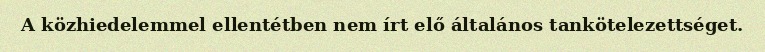
A közhiedelemmel ellentétben nem írt elő általános tankötelezettséget.